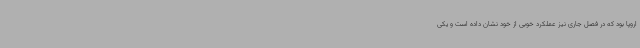
اروپا بود که در فصل جاری نیز عملکرد خوبی از خود نشان داده است و یکی